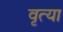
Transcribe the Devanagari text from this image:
वृत्या